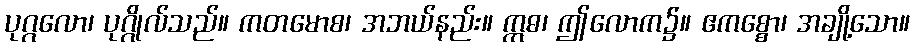
ပုဂ္ဂလော၊ ပုဂ္ဂိုလ်သည်။ ကတမောစ၊ အဘယ်နည်း။ ဣဓ၊ ဤလောက၌။ ဧကစ္စော၊ အချို့သော။